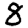
Digit: 8